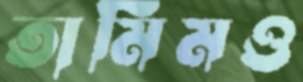
তামিমও